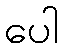
ပေါ